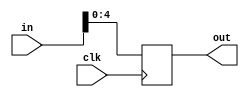
`timescale 1ns / 1ps

module SA(
    in, out, clk
);

    input [31:0] in;
    input clk;
    output reg [4:0] out;
    
    always@(posedge clk) begin
        out <= in[4:0];
    end
endmodule